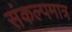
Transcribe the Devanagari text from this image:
संकल्पमात्र